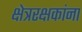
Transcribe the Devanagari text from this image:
क्षेत्ररक्षकांना